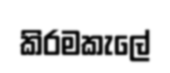
කිරමකැලේ